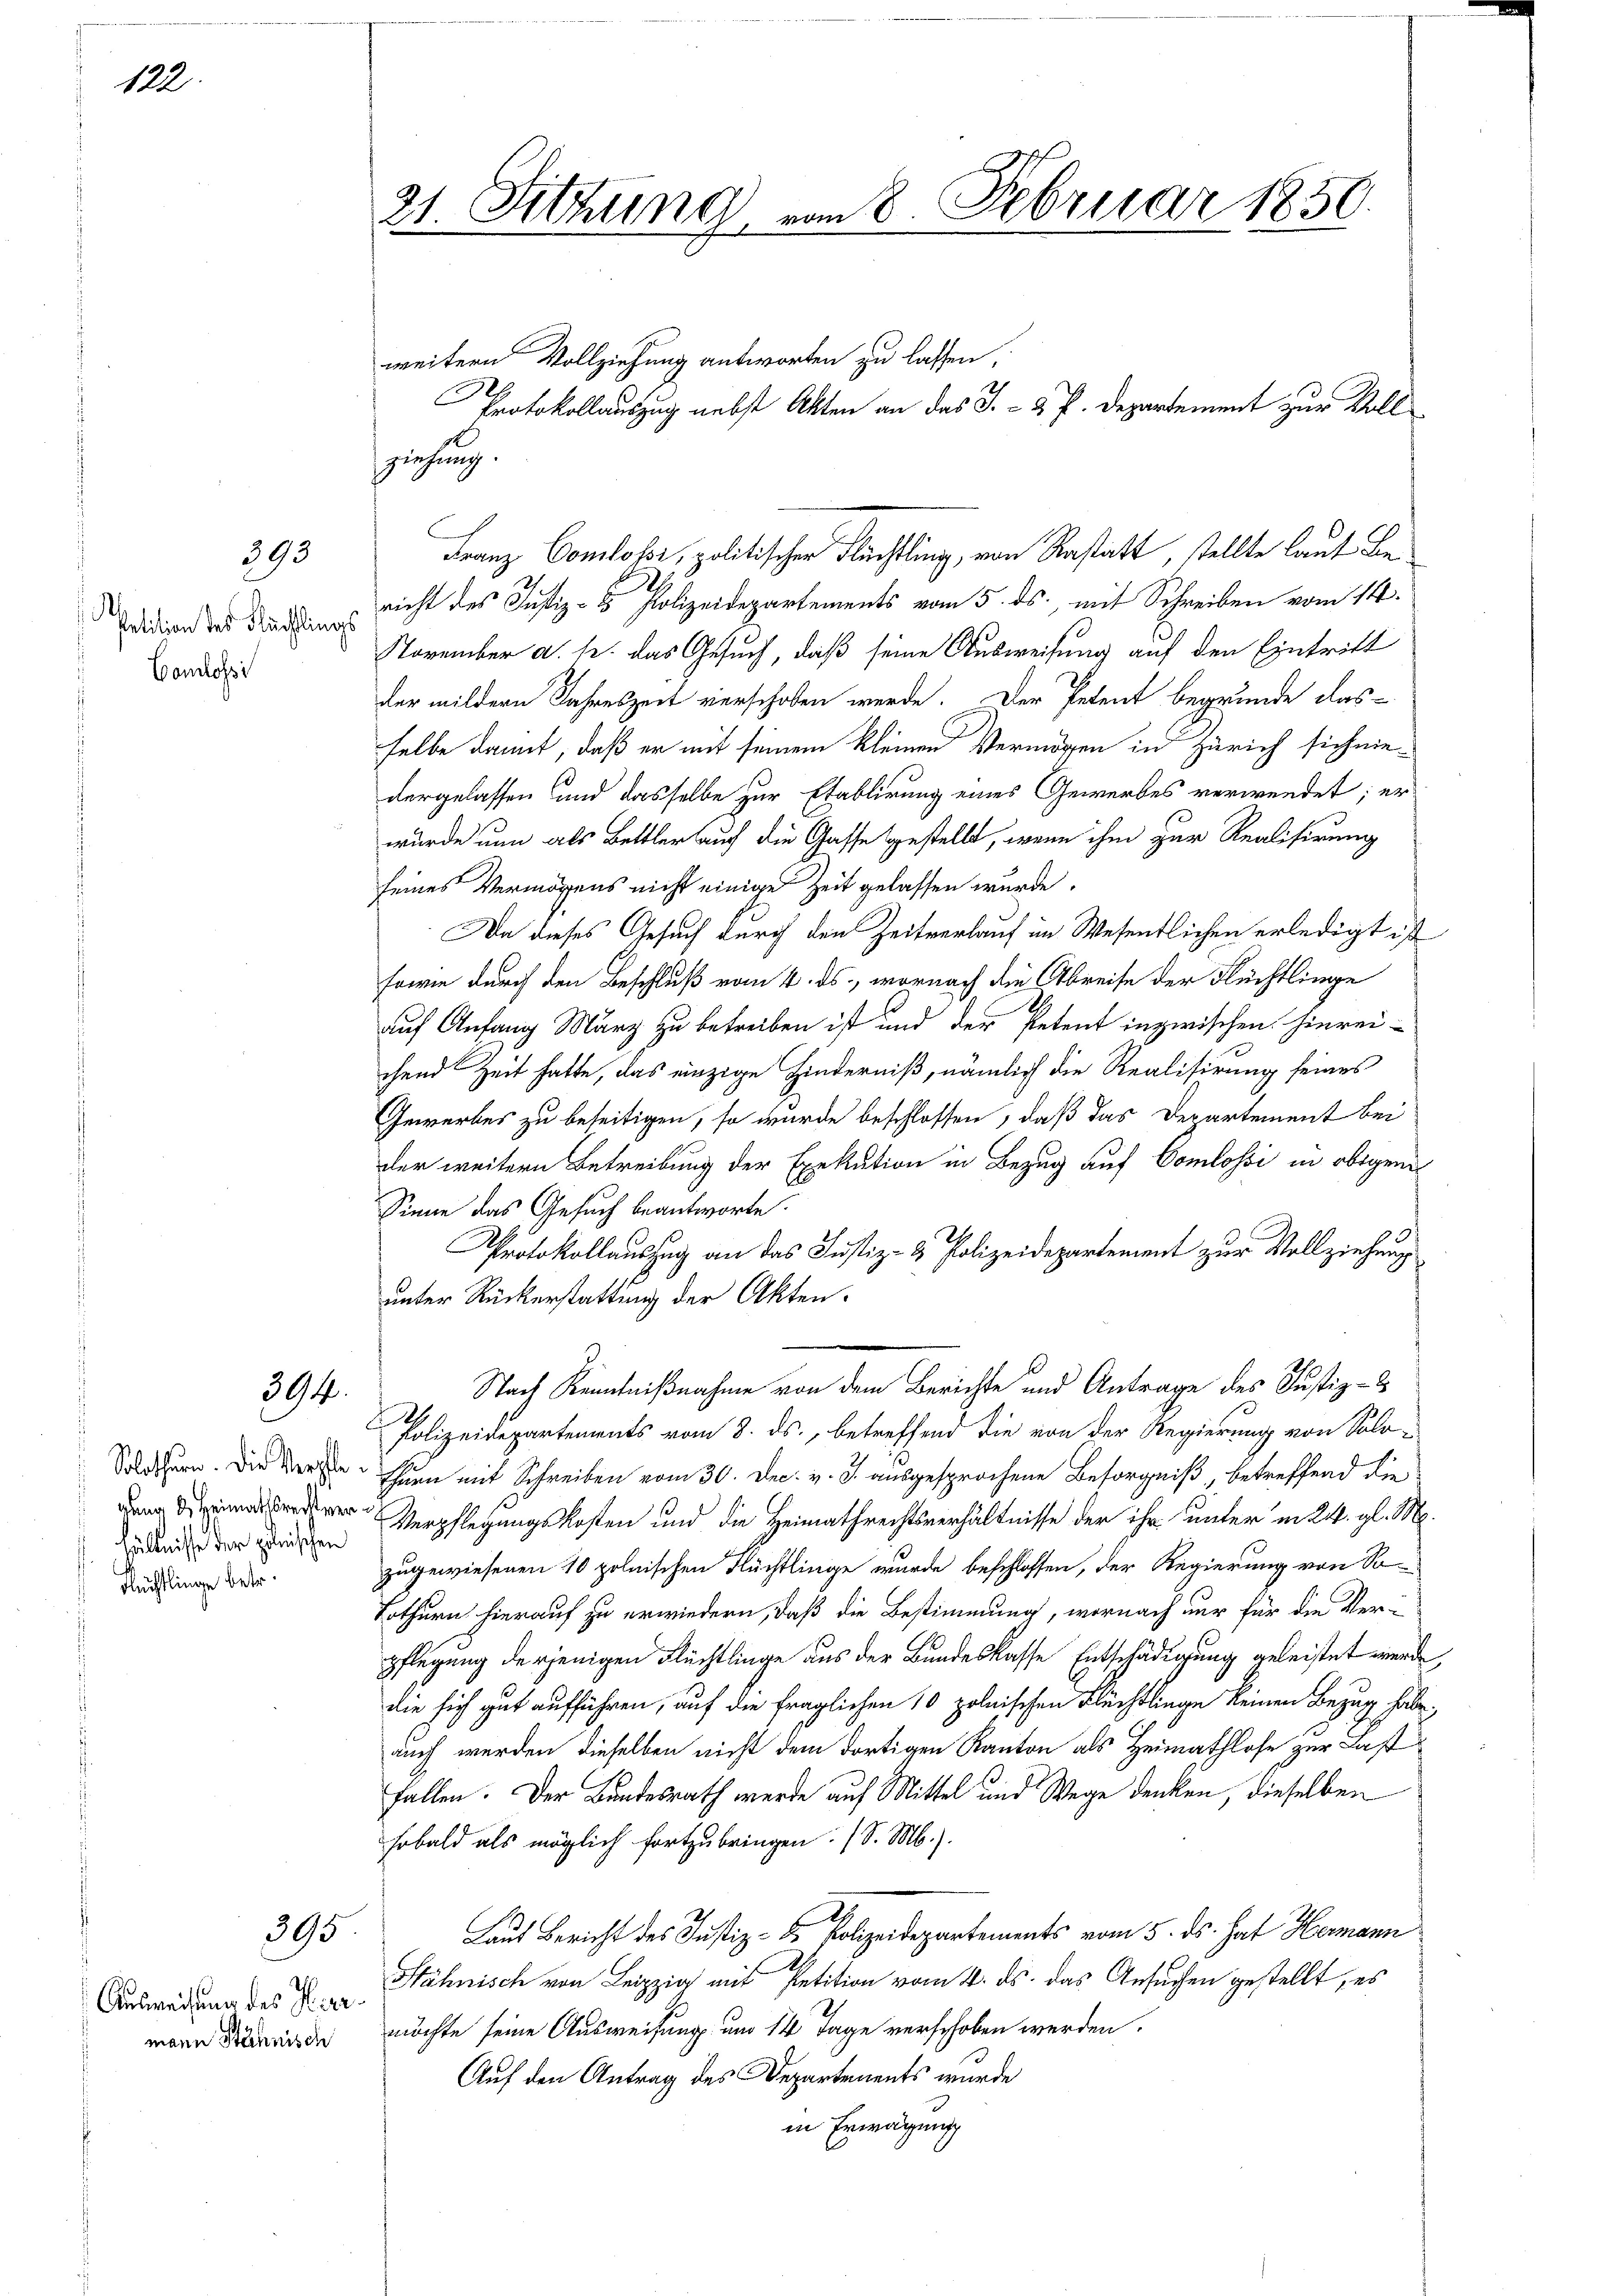
122.

393

Petition des Flächling
Camlosi

394.

Solothurn. Die Verpfle
gaur & Heimathsrecht ver
hältnisse der geleischen
 Flüchtlinge betr.

395

Ausweisung des Kiermann Stähnisch

ziehung

weitern Vollziehung antworten zu lassen,

21 Fitzung vom 8. Februar 1850.
Protokollauszug nebst Akten an das J. - 2 P. Departement zur Voll¬

richt des Justiz- & Polizeidepartements vom 5. ds. mit Schreiben vom 14.
November d. h. das Gesuch, daß seine Ausweisung auf den Eintritt
der mildern Jahreszeit verschoben werde. Der Petent begründe das-
selbe damit, daß er mit seinem kleinen Vermögen in Zürich sich niedergelassen und dasselbe zur Etablirung eines Gewerbes verwendet; er
wurde nun als Bettler auf die Gasse gestellt, wenn ihm zur Realisirung
seines Vermögens nicht einige Zeit gelassen wurde.
Da dieses Gesuch durch den Zeitverlauf im Wesentlichen erledigt ist
sowie durch den Beschluß vom 4. ds., wornach die Abreise der Flüchtlinge
S
auf Anfang März zu betreiben ist und der Petent inzwischen hinrei-
chend Zeit hatte, das einzige Hinderniß, nämlich die Realisirung seines
Gewerbes zu beseitigen, so wurde beschlossen, daß das Departement bei
der weitern Betreibung der Exekution in Bezug auf Comlossi in obigen
Sinne das Gesuch beantworte.
Protokollauszug an das Justiz- & Polizeidepartement zur Vollziehung
unter Rückerstattung der Akten.
n
Nach Kenntnißnahme von dem Berichte und Antrage des Justiz- &
0
Polizeidepartements vom 8. ds., betreffend die von der Regierung von Solothurn mit Schreiben vom 30. Dec. v. J. ausgesprochene Besorgniß, betreffend die
Verpflegungskosten und die Heimathrechtsverhältnisse der ihr unter in 24. gl. M.
zugewiesenen 10 polnischen Flüchtlinge wurde beschlossen, der Regierung von So-
Lothurn hierauf zu erwiedern, daß die Bestimmung, wornach nur für die Verpflegung derjenigen Flüchtlinge aus der Bundeskasse Entschädigung geleistet werde
die sich gut aufführen, auf die fraglichen 10 polnischen Flüchtlinge keinen Bezug habe
auch werden dieselben nicht dem dortigen Kanton als Heimathlose zur Last
fallen. Der Bundesrath werde auf Mittel und Wege denken, dieselben
sobald als möglich fortzubringen. (S. M.).
Laut Bericht des Justiz- & Polizeidepartements vom 5. ds. hat Hermann
Stähnisch von Leipzig mit Petition vom 4. ds. das Ansuchen gestellt, es
möchte seine Ausweisung um 14 Tage verschoben werden.
Auf den Antrag des Departements wurde
in Erwägung

Franz Comtossi, politischer Flüchtling, von Rastatt, stellte laut Be¬